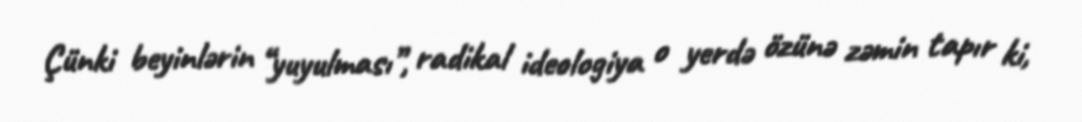
Çünki beyinlərin “yuyulması”, radikal ideologiya o yerdə özünə zəmin tapır ki,